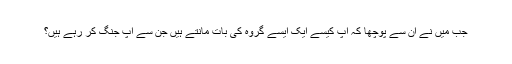
جب میں نے ان سے پوچھا کہ آپ کیسے ایک ایسے گروہ کی بات مانتے ہیں جن سے آپ جنگ کر رہے ہیں؟